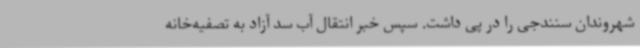
شهروندان سنندجی را در پی داشت. سپس خبر انتقال آب سد آزاد به تصفیه‌خانه